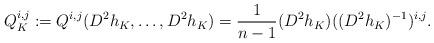
LaTeX: \begin{align*} Q_K^{i,j} := Q^{i,j}(D^2 h_K,\ldots,D^2 h_K) = \frac{1}{n-1} (D^2 h_K) ((D^2 h_K)^{-1})^{i,j} .\end{align*}